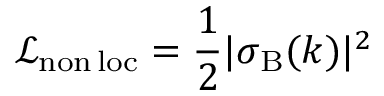
\mathcal { L } _ { \mathrm { n o n \, l o c } } = { \frac { 1 } { 2 } } | \sigma _ { \mathrm { B } } ( k ) | ^ { 2 }